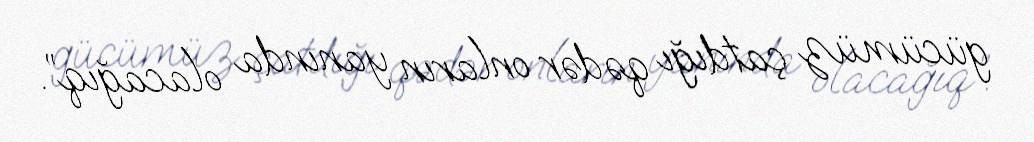
gücümüz çatdığı qədər onların yanında olacağıq”.